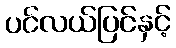
ပင်လယ်ပြင်နှင့်